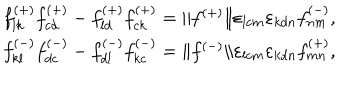
LaTeX: \begin{array} { l } { { f _ { l k } ^ { ( + ) } f _ { c d } ^ { ( + ) } - f _ { l d } ^ { ( + ) } f _ { c k } ^ { ( + ) } = \| f ^ { ( + ) } \| \varepsilon _ { l c m } \varepsilon _ { k d n } f _ { n m } ^ { ( - ) } , } } \\ { { f _ { k l } ^ { ( - ) } f _ { d c } ^ { ( - ) } - f _ { d l } ^ { ( - ) } f _ { k c } ^ { ( - ) } = \| f ^ { ( - ) } \| \varepsilon _ { l c m } \varepsilon _ { k d n } f _ { m n } ^ { ( + ) } , } } \\ \end{array}